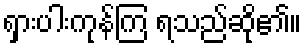
ရှားပါးကုန်ကြ ရသည်ဆို၏။